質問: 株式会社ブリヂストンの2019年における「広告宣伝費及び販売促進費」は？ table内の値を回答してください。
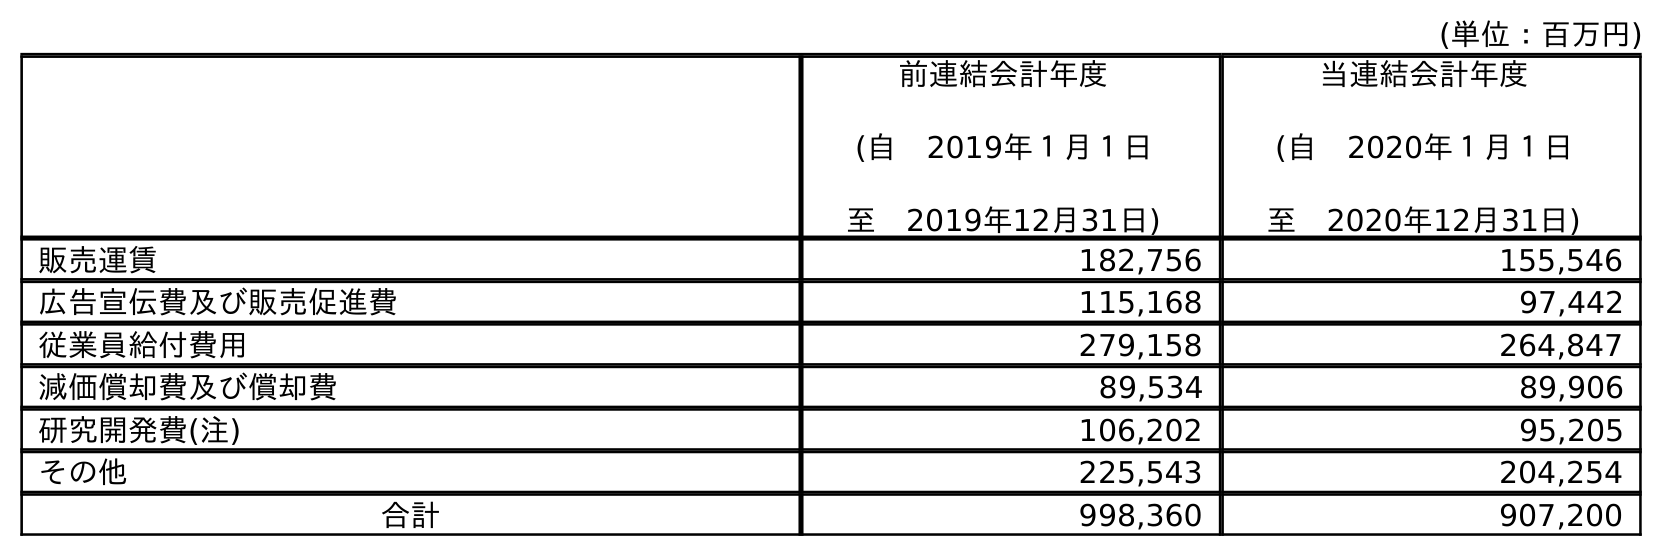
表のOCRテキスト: (単位：百万円) 前連結会計年度 (自 2019年１月１日 至 2019年12月31日) 当連結会計年度 (自 2020年１月１日 至 2020年12月31日) 販売運賃 182,756 155,546 広告宣伝費及び販売促進費 115,168 97,442 従業員給付費用 279,158 264,847 減価償却費及び償却費 89,534 89,906 研究開発費(注) 106,202 95,205 その他 225,543 204,254 合計 998,360 907,200
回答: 115,168